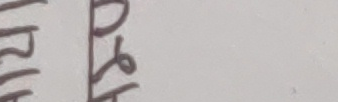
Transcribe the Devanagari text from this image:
०४रिया